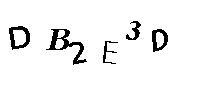
DB2E3D